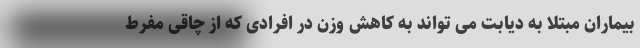
بیماران مبتلا به دیابت می تواند به کاهش وزن در افرادی که از چاقی مفرط